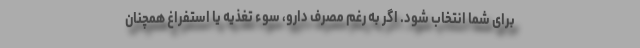
برای شما انتخاب شود. اگر به رغم مصرف دارو، سوء تغذیه یا استفراغ همچنان